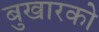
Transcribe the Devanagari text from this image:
बुखारको